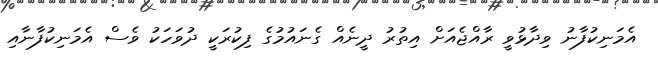
އެމަނިކުފާނު ވިދާޅުވީ ރާއްޖެއަށް އިތުރު ދީނެއް ގެނައުމުގެ ފިކުރަކީ ދުވަހަކު ވެސް އެމަނިކުފާނާއި